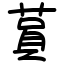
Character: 蒷